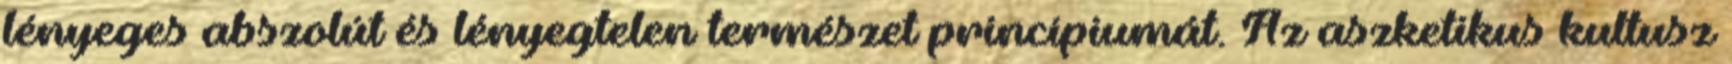
lényeges abszolút és lényegtelen természet princípiumát. Az aszketikus kultusz